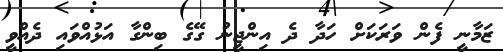
ޒަމާނީ ފެން ވަރަކަށް ހަދާ ދެ އިންޖީނު ގޭގެ ބިންގާ އަޅުއްވައި ދެއްވީ